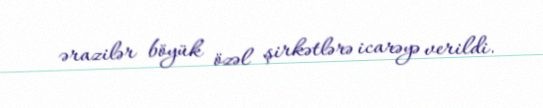
ərazilər böyük özəl şirkətlərə icarəyə verildi.